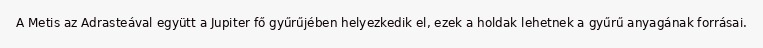
A Metis az Adrasteával együtt a Jupiter fő gyűrűjében helyezkedik el, ezek a holdak lehetnek a gyűrű anyagának forrásai.